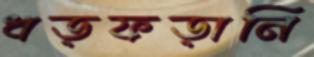
ধড়ফড়ানি